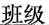
班级